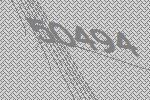
50494